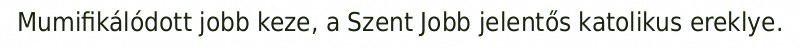
Mumifikálódott jobb keze, a Szent Jobb jelentős katolikus ereklye.